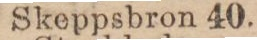
Skeppsbron 40.